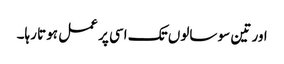
اور تین سو سالوں تک اسی پر عمل ہوتا رہا۔